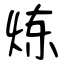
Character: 炼